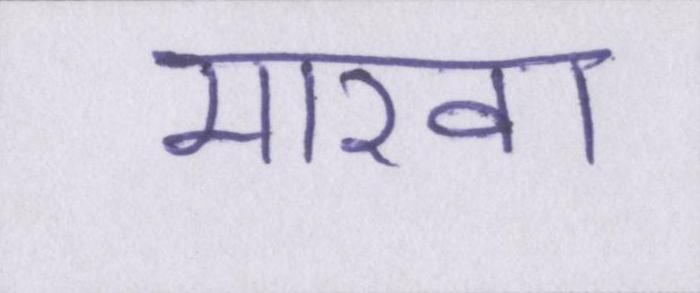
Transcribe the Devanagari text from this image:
मारवा